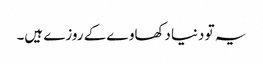
یہ تو دنیا دکھاوے کے روزے ہیں۔